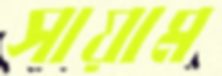
সায়াম